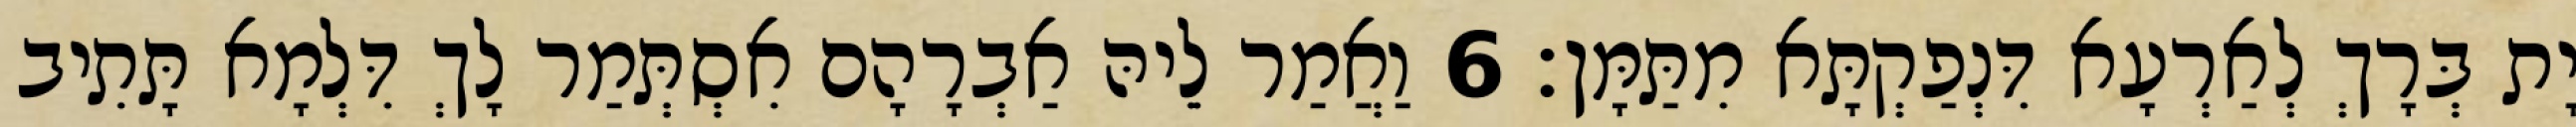
יָת בְּרָךְ לְאַרְעָא דִּנְפַקְתָּא מִתַּמָּן׃ 6 וַאֲמַר לֵיהּ אַבְרָהָם אִסְתְּמַר לָךְ דִּלְמָא תָּתִיב